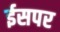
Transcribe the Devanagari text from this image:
ईसपर